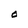
Character: O